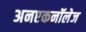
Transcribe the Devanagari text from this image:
अनएकनॉलेज